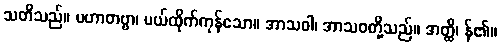
သတိသည်။ ပဟာတဗ္ဗာ၊ ပယ်ထိုက်ကုန်သော။ အာသဝါ၊ အာသဝတို့သည်။ အတ္ထိ၊ န်၏။